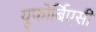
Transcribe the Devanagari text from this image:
युफोर्बिएसी